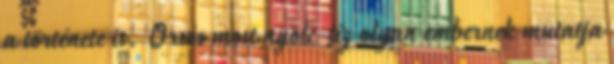
a története is. Orsós most nyolc-tíz olyan embernek mutatja